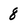
Character: 8